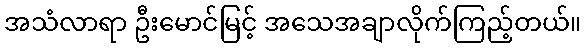
အသံလာရာ ဦးမောင်မြင့် အသေအချာလိုက်ကြည့်တယ်။